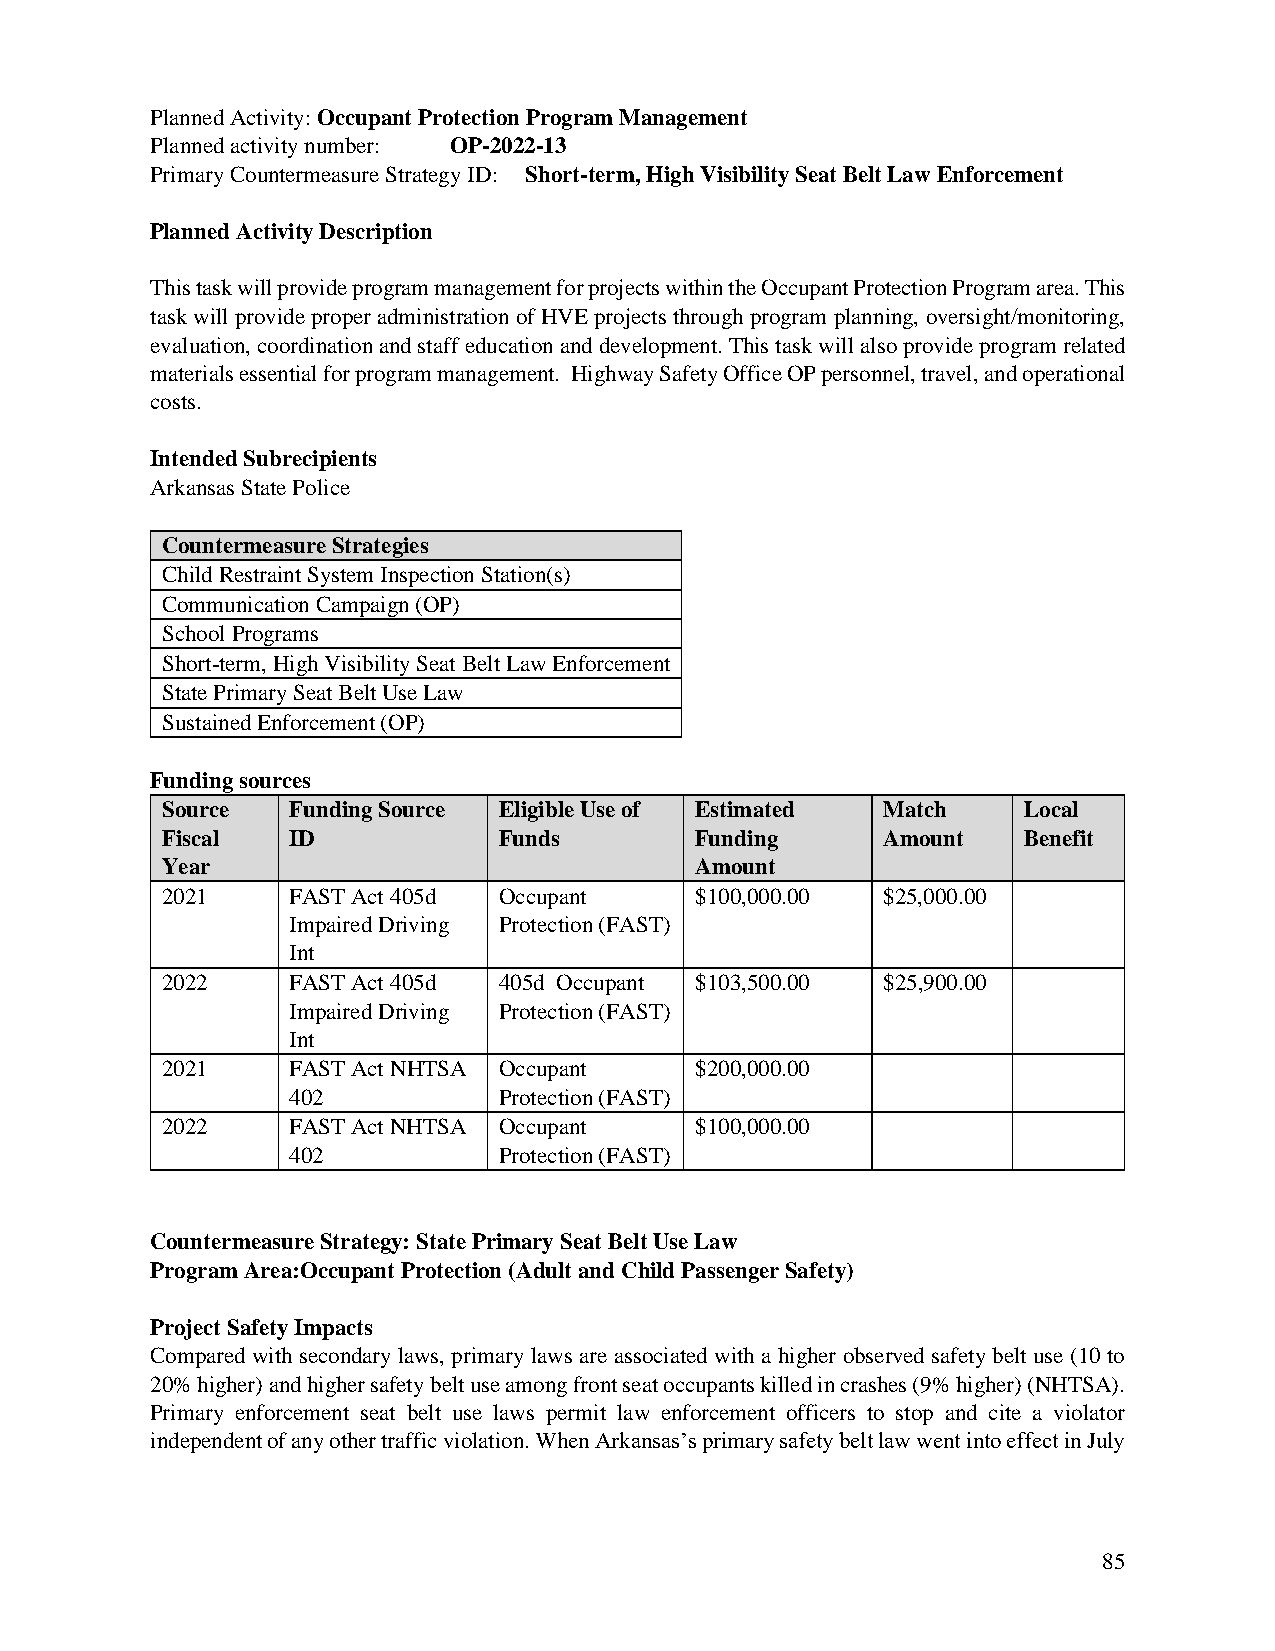
Planned Activity: Occupant Protection Program Management
 Planned activity number: OP-2022-13
 Primary Countermeasure Strategy ID: Short-term, High Visibility Seat Belt Law Enforcement
 Planned Activity Description
 This task will provide program management for projects within the Occupant Protection Program area. This
 task will provide proper administration of HVE projects through program planning, oversight/monitoring,
 evaluation, coordination and staff education and development. This task will also provide program related
 materials essential for program management. Highway Safety Office OP personnel, travel, and operational
 costs.
 Intended Subrecipients
 Arkansas State Police
 Countermeasure Strategies
 Child Restraint System Inspection Station(s)
 Communication Campaign (OP)
 School Programs
 Short-term, High Visibility Seat Belt Law Enforcement
 State Primary Seat Belt Use Law
 Sustained Enforcement (OP)
 Funding sources
 Source  Funding Source Eligible Use of Estimated Match   Local
 Fiscal  ID            Funds        Funding     Amount    Benefit
 Year                               Amount
 2021    FAST Act 405d Occupant     $100,000.00 $25,000.00
 Impaired Driving Protection (FAST)
 Int
 2022    FAST Act 405d 405d Occupant $103,500.00 $25,900.00
 Impaired Driving Protection (FAST)
 Int
 2021    FAST Act NHTSA Occupant    $200,000.00
 402           Protection (FAST)
 2022    FAST Act NHTSA Occupant    $100,000.00
 402           Protection (FAST)
 Countermeasure Strategy: State Primary Seat Belt Use Law
 Program Area: Occupant Protection (Adult and Child Passenger Safety)
 Project Safety Impacts
 Compared with secondary laws, primary laws are associated with a higher observed safety belt use (10 to
 20% higher) and higher safety belt use among front seat occupants killed in crashes (9% higher) (NHTSA).
 Primary enforcement seat belt use laws permit law enforcement officers to stop and cite a violator
 independent of any other traffic violation. When Arkansas’s primary safety belt law went into effect in July
 85